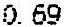
0.69